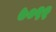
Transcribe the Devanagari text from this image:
७०९१